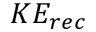
K E _ { r e c }